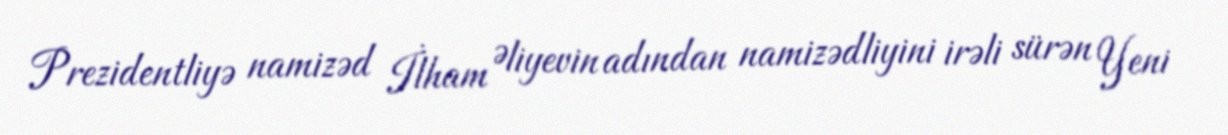
Prezidentliyə namizəd İlham Əliyevin adından namizədliyini irəli sürən Yeni